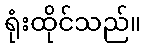
ရုံးထိုင်သည်။